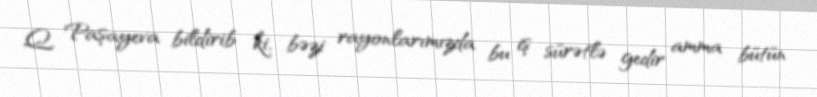
Q. Paşayeva bildirib ki, bəzi rayonlarımızda bu iş sürətlə gedir amma bütün